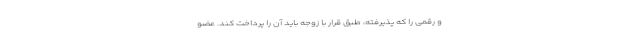
و رقمی را که پذیرفته، طبق قرار با زوجه باید آن را پرداخت کند. عضو